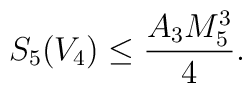
S_5(V_4) \leq \frac{A_3 M_5^3}{4}.